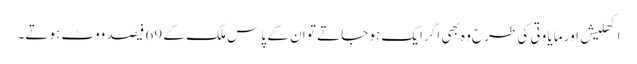
اکھلیش اور مایا وتی کی طرح وہ بھی اگر ایک ہو جاتے تو ان کے پاس ملک کے 69 فیصد ووٹ ہوتے۔